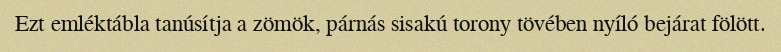
Ezt emléktábla tanúsítja a zömök, párnás sisakú torony tövében nyíló bejárat fölött.